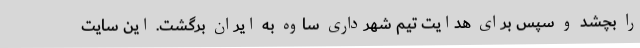
را بچشد و سپس برای هدایت تیم شهرداری ساوه به ایران برگشت. این سایت